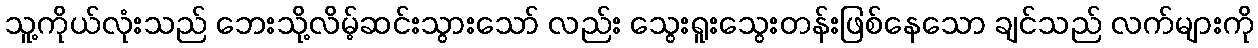
သူ့ကိုယ်လုံးသည် ဘေးသို့လိမ့်ဆင်းသွားသော် လည်း သွေးရူးသွေးတန်းဖြစ်နေသော ချင်သည် လက်များကို